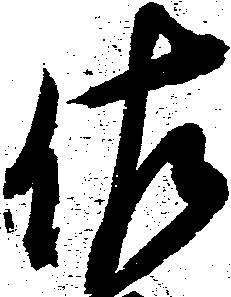
佐